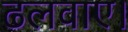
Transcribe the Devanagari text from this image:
ढलवाए।